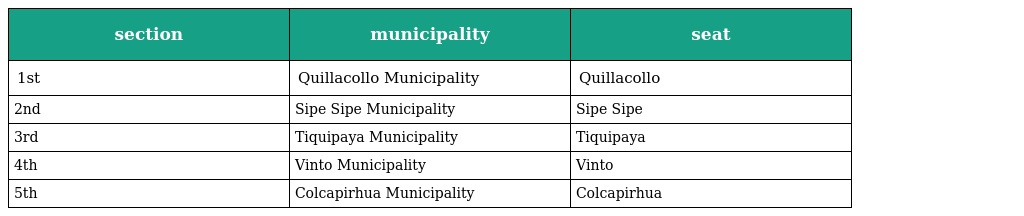
| section | municipality | seat |
 | --- | --- | --- |
 | 1st | Quillacollo Municipality | Quillacollo |
 | 2nd | Sipe Sipe Municipality | Sipe Sipe |
 | 3rd | Tiquipaya Municipality | Tiquipaya |
 | 4th | Vinto Municipality | Vinto |
 | 5th | Colcapirhua Municipality | Colcapirhua |